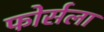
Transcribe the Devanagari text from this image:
फोर्सला